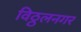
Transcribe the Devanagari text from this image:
विठ्ठलनगर